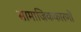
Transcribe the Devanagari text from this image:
सामाजिककारणों